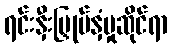
ရင်းနှီးမြှုပ်နှံမှုဆိုင်ရာ